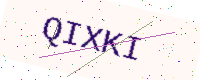
Text: QIXKI